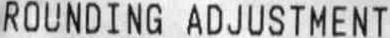
ROUNDING ADJUSTMENT